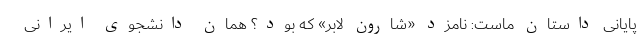
پایانی داستان ماست: نامزد «شارون لابر» که بود؟ همان دانشجوی ایرانی